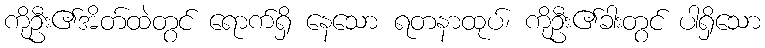
ကိုဦး၏အိတ်ထဲတွင် ရောက်ရှိ နေသော ရတနာထုပ်၊ ကိုဦး၏ခါးတွင် ပါရှိသော